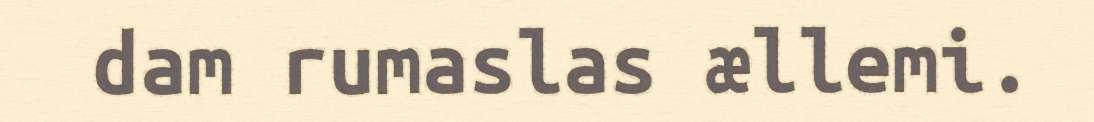
dam rumaslas ællemi.